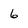
Character: 6